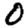
Digit: 0